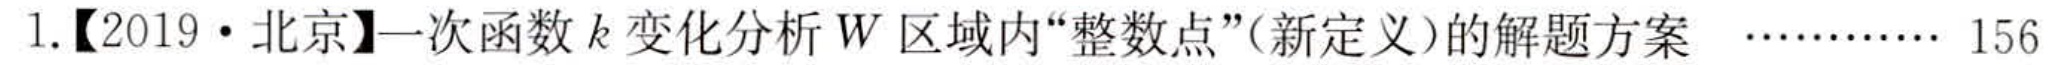
1.【2019·北京】一次函数\(k\)变化分析\(W\)区域内“整数点”（新定义）的解题方案…………156